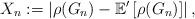
LaTeX: \begin{align*}X_n := \left|\rho(G_n) - \mathbb{E}^\prime\left[\rho(G_n)\right]\right|,\end{align*}